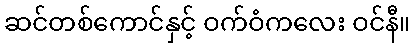
ဆင်တစ်ကောင်နှင့် ဝက်ဝံကလေး ဝင်နီ။